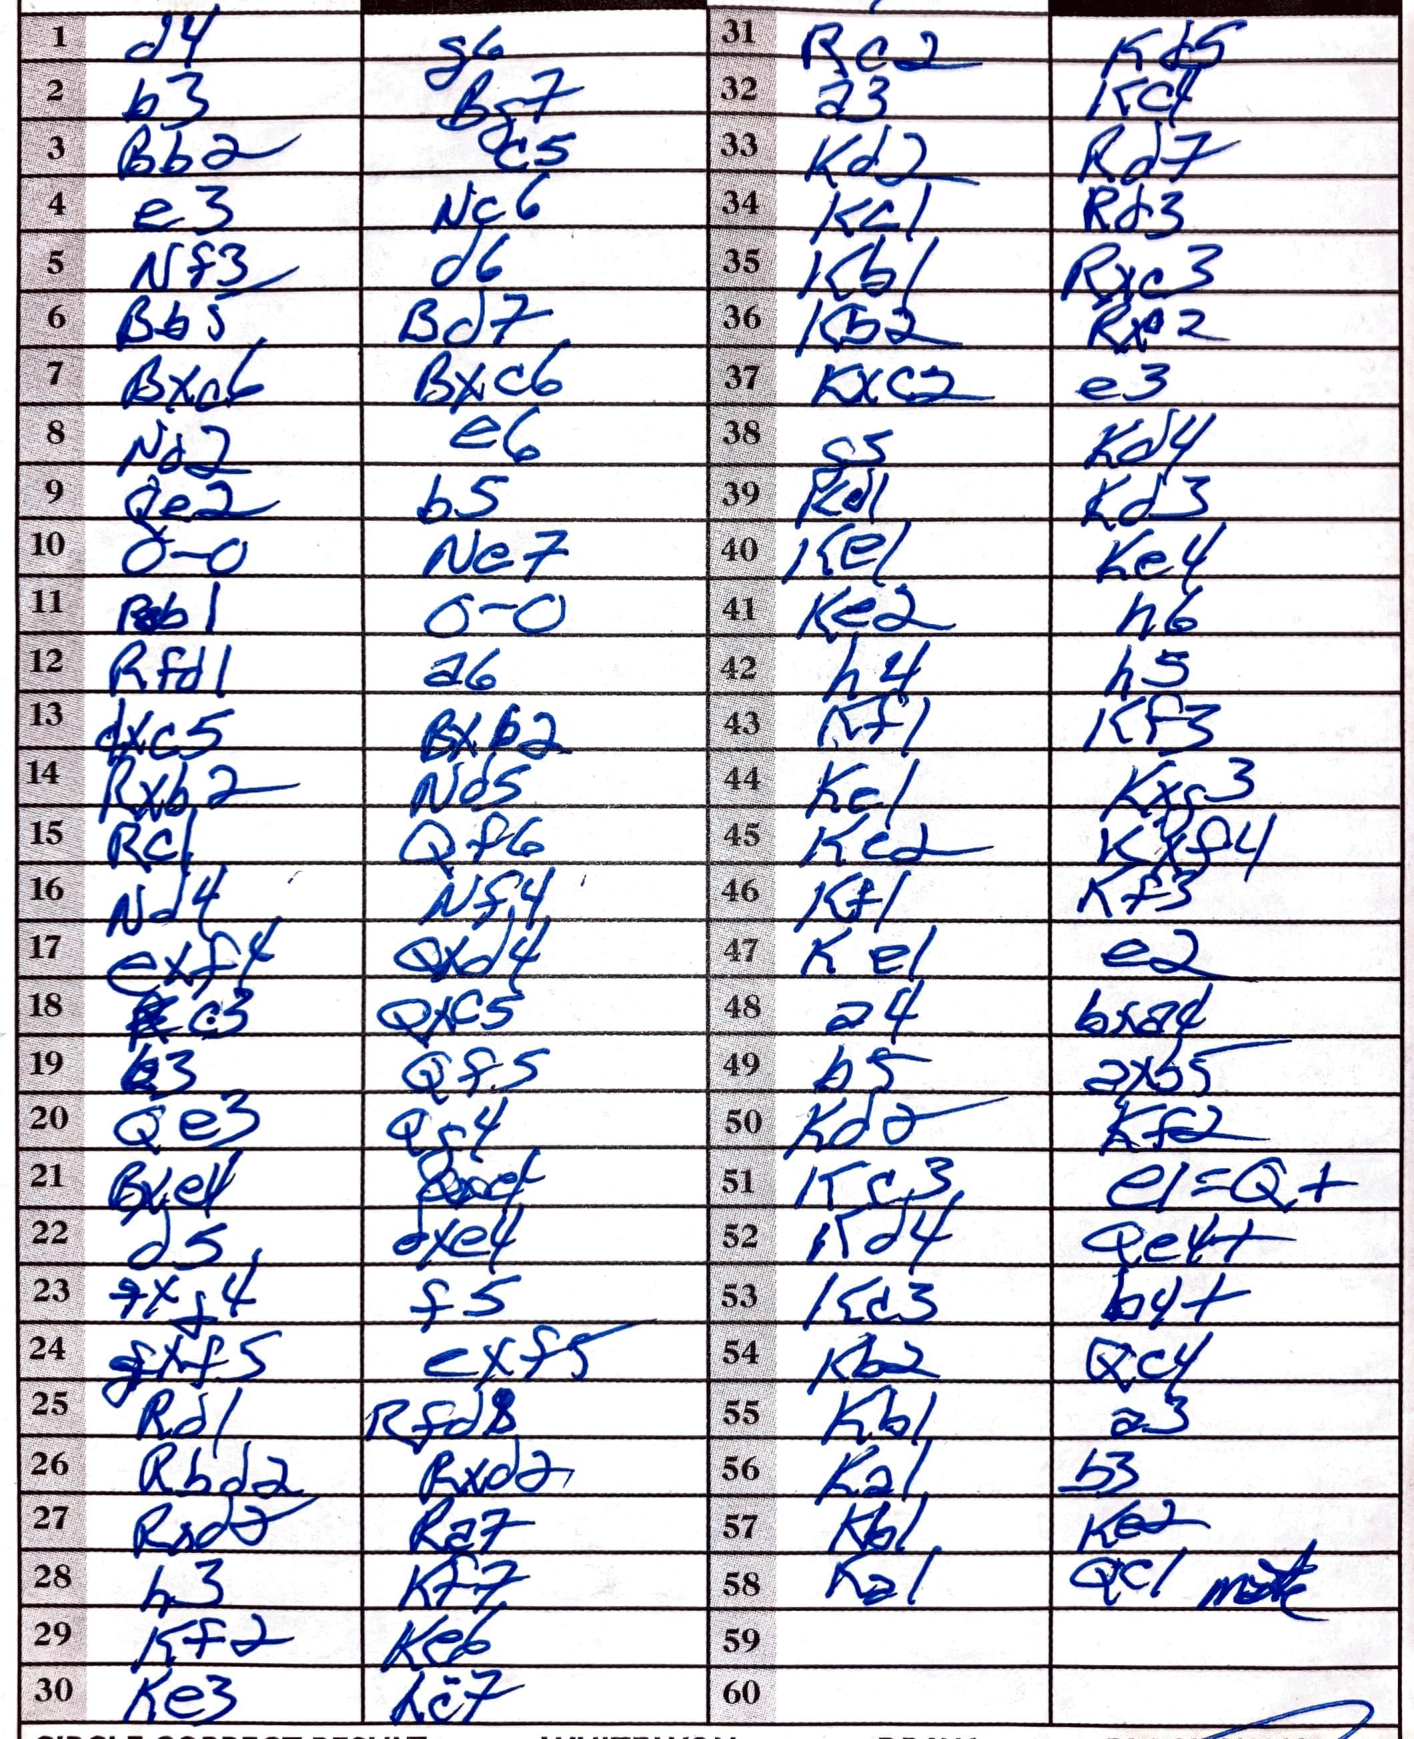
Moves: d4 g6 b3 Bg7 Bb2 c5 e3 Nc6 Nf3 d6 Bb5 Bd7 Bxc6 Bxc6 Nd2 e6 Qe2 b5 O-O Ne7 Rb1 O-O Rfd1 a6 dxc5 Bxb2 Rxb2 Nd5 Rc1 Qf6 Nd4 Nf4 exf4 Qxd4 c3 Qxc5 b3 Qf5 Qe3 Qg4 Bxe4 Qxe4 d5 dxe4 fxg4 f5 gxf5 exf5 Rd1 Rfd8 Rbd2 Rxd2 Rxd2 Ra7 h3 Kf7 Kf2 Ke6 Ke3 Rc7 Rc2 Kd5 a3 Kc4 Kd2 Rd7 Kc1 Rd3 Kb1 Rxc3 Kb2 Rxc2 Kxc2 e3 g5 Kd4 Kd1 Kd3 Ke1 Ke4 Ke2 h6 h4 h5 Kf1 Kf3 Ke1 Kxg3 Ke2 Kxf4 Kf1 Kf3 Ke1 e2 a4 bxa4 b5 axb5 Kd2 Kf2 Kc3 e1=Q+ Kd4 Qe4+ Kd3 b4+ Kb2 Qc4 Kb1 a3 Ka1 b3 Kb1 Ke2 Ka1 Qc1